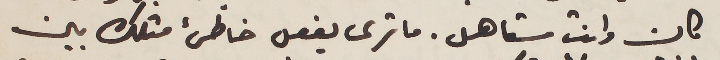
كان وانت مستاهل. ما ترى يفعل خاطئ مثلك بين